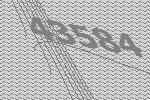
43584